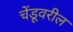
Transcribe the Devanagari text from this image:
चेंडूवरील